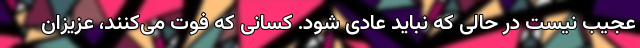
عجیب نیست در حالی که نباید عادی شود. کسانی که فوت می‌کنند، عزیزان